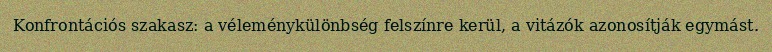
Konfrontációs szakasz: a véleménykülönbség felszínre kerül, a vitázók azonosítják egymást.